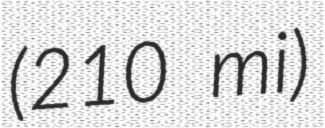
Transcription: (210 mi)